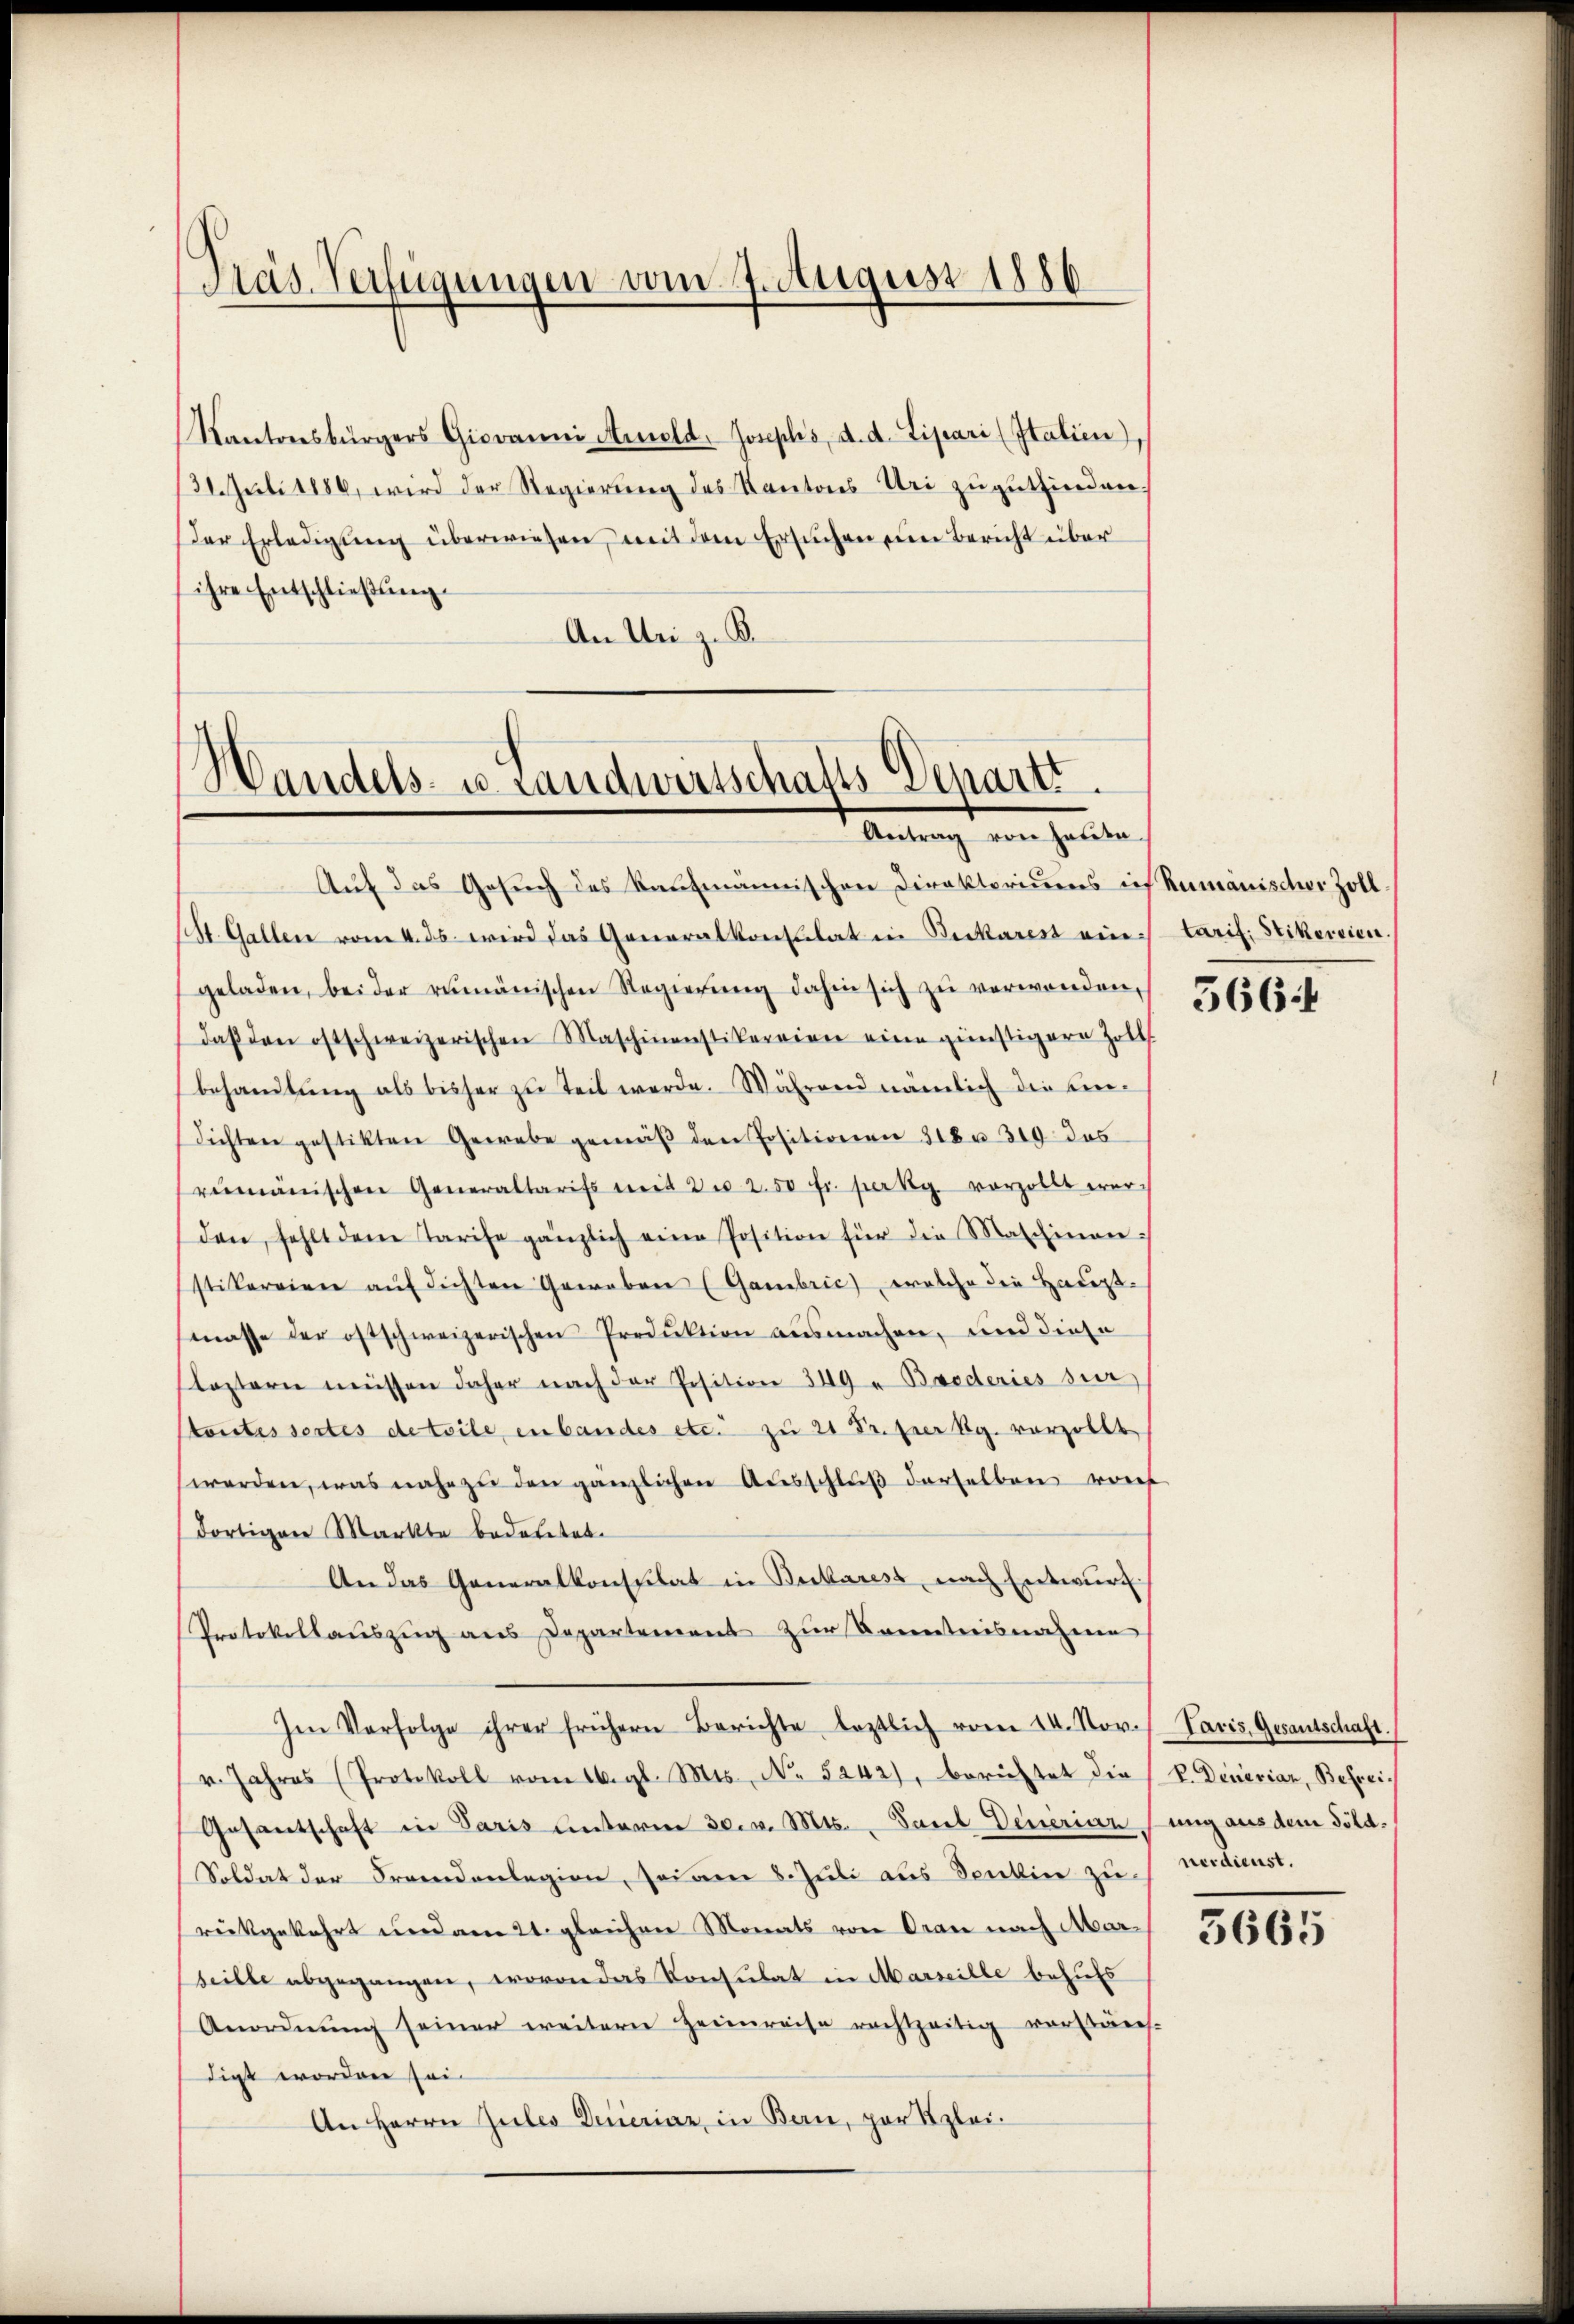
Kantonsbürgers Giovanni Mield. Josephis, d. d. Lipari (Italien),
31. Juli 1886, wird der Regierung des Kantons Uri zugutfinden.
Der Erledigŭng überwiesen, mit dem Ersuchen im Bericht über
ihre Entschließung.
An Uri z. B.

Präs. Verfügungen vom 7. August 1886

Handels- u. Landwirtschafts Departs.
Antrag vier heuten

Auf das Gesŭch des Kaufmännischen Direktoriums ins Rumänischer Zoll
sicht. Gallen vom 4. ds. wird das Generalkonsulat in Dickarest ein tarif. Stikereien.
geladen, bei der rumänischen Regierŭng dahin sich zŭ verwenden,
daβ den ostschweizerischen Maschinenstikereien eine günstigere Zoll
Behandlung als bisher zu teil werde. Während nämlich die Kindichten gestitten Gewebe gemäβ den Positionen 318 u. 319 des
rumänischen Generaltarifs mit Dr. 2.50 fr. perkg. vorzollt wer-
den fehlt dem Tarife gänzlich eine Position für die Maschinen-
stikereien aŭf dichten Gewaben (Gambrić, welche die Hauptmasse der oftschweizerischen Produktion ausmachen, und diese
flastern müssen daher nach der Position 349 u Baederies sur
toistessertes de teile, en bandes etc. zu 21 Fr. prer Kg. vorzollt
werden, was nahezu den gänzlichen Ausschluß derselben vorer
dortigen Markte bedottet.
An das Generalkonsulat in Buchares, nach Entwurf:
Protokollauszug aus Departement zur Kenntnisnahme
Im Verfolge ihrer frühern Berichte leztlich vom 14. Nov. Paris, Gesantschaft.
r. Jahres (Protokoll vom 16. gl. Mts., No. 5242), berichtet die (S. Denevian, Befrei¬
Gasantschaft in Paris unterm 30. v. Mts., Paul Deneriarung aus dem Sold¬
Soldat der Fremdenlegion, seinen 8. Juli aus Sentin zurückgekehrt und amit gleichen Monats von Oran nach Marseille abgegangen, wovon das Konsulat in Marseille behufs
Anordnŭng seiner weitern Heimreise rachtzeitig vorstärch-
digt worden sei.
An Herrn Zules Decerian, in Bern, par Klei¬

5664

nerdienst.

3665